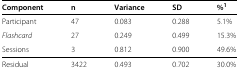
| Component | n | Variance | SD | %1 |
 | --- | --- | --- | --- | --- |
 | Participant | 47 | 0.083 | 0.288 | 5.1% |
 | Flashcard | 27 | 0.249 | 0.499 | 15.3% |
 | Sessions | 3 | 0.812 | 0.900 | 49.6% |
 | Residual | 3422 | 0.493 | 0.702 | 30.0% |